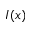
I ( x )